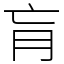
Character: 肓